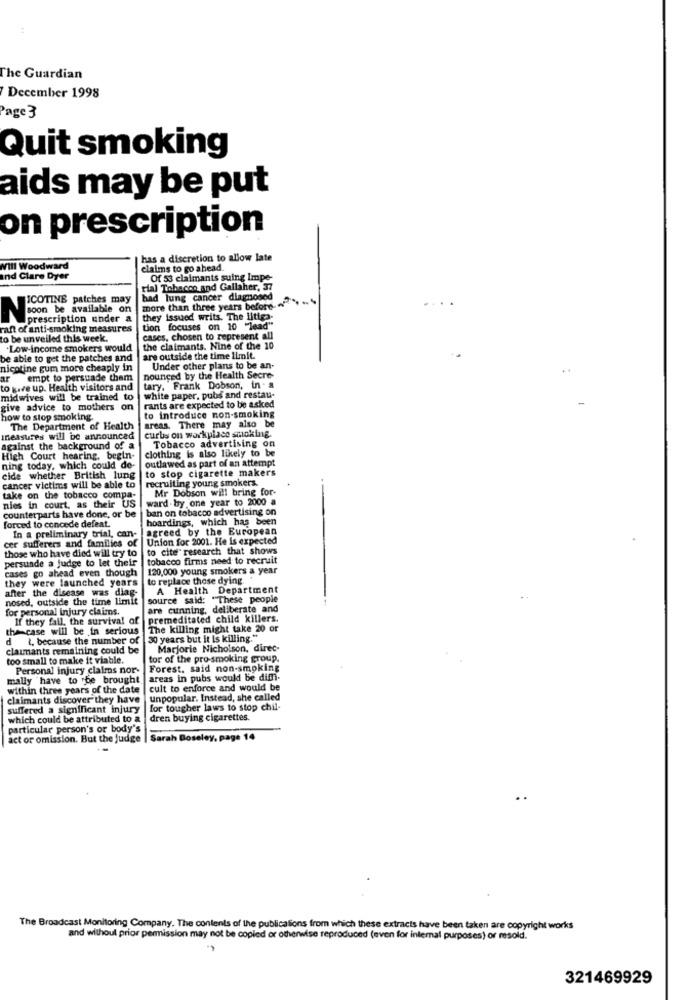
The Guardian
December 1998
Page 3
Quit smoking
aids may be put
on prescription
has a discretion to allow late
Will Woodward
claims to go ahead.
and Clare Dyer
Of 53 claimants suing Impe-
Fial Tobacco and Gallaher, 37
ICOTINE patches may
had lung cancer diagnosed
more than three years before
Noon be available on
prescription under a
they issued writs. The litiga-
raft of anti-smoking measures
tion focuses on 10 "lead"
o be unveiled this week.
cases, chosen to represent all
.Low-income smokers would
the claimants. Nine of the 10
e able to get the patches and
are outside the time limit.
nicotine gum more cheaply in
Under other plans to be an-
..
ar
empt to persuade them
nounced by the Health Secre-
to give up. Health visitors and
tary. Frank Dobson, in - a
midwives will be trained to
white paper, pubs and restau-
give advice to mothers o
rants are expected to be asked
how to stop smoking.
areas. There may also be
to introduce non-smoking
The Department of Health
measures will be announced
curbs on workplace smoking.
against the background of a
clothing is also likely to be
Tobacco advertising on
High Court hearing, begin-
outlawed as part of an attempt
ning today, which could de-
to stop cigarette makers
cide whether British lung
recruiting young smokers.
cancer victims will be able to
Mr Dobson will bring for-
take on the tobacco compa-
ward by one year to 2000 a
nies in court, as their US
ban on tobacco advertising on
counterparts have done, or be
forced to concede defeat.
hoardings, which has been
agreed by the European
In a preliminary trial, can-
Union for 2001. He is expected
cer sufferers and families of
to cite research that shows
persuade a judge to let their
those who have died will try to
tobacco firms need to recruit
120,000 young smokers a year
cases go ahead even though
they were launched years
to replace those dying.
A Health Department
after the disease was diag
nosed, outside the time limit
source said: "These people
for personal injury claims.
are cunning, deliberate and
If they fall, the survival of
premeditated child killers.
the case will be in serious
The killing might take 20 or
d ¿, because the number of
30 years but it is killing."
claimants remaining could be
Marjorie Nicholson, direc-
too small to make it viable.
tor of the pro-smoking group.
Personal injury claims nor-
Forest, said non-smoking
mally have to rbe brought
areas in pubs would be diffi-
within three years of the date | cult to enforce and would be
claimants discover they have
unpopular. Instead, she called
suffered a significant injury
for tougher laws to stop chil-
which could be attributed to a
dren buying cigarettes.
particular person's or body's
act or omission. But the judge
Sarah Boseley, page 14
The Broadcast Monitoring Company. The contents of the publications from which these extracts have been taken are copyright works
and without prior permission may not be copied or otherwise reproduced (even for internal purposes) or resold.
321469929